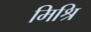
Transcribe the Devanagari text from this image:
मिश्रि